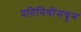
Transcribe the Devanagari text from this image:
प्रतिनिधींमधून